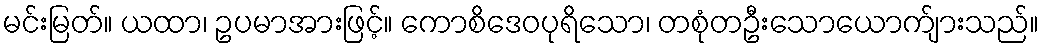
မင်းမြတ်။ ယထာ၊ ဥပမာအားဖြင့်။ ကောစိဒေဝပုရိသော၊ တစုံတဦးသောယောက်ျားသည်။